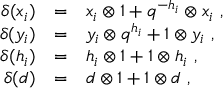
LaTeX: \begin{array} { r c l } { { \delta ( x _ { i } ) } } & { { = } } & { { x _ { i } \otimes 1 + q ^ { - h _ { i } } \otimes x _ { i } \ , } } \\ { { \delta ( y _ { i } ) } } & { { = } } & { { y _ { i } \otimes q ^ { h _ { i } } + 1 \otimes y _ { i } \ , } } \\ { { \delta ( h _ { i } ) } } & { { = } } & { { h _ { i } \otimes 1 + 1 \otimes h _ { i } \ , } } \\ { { \delta ( d ) } } & { { = } } & { { d \otimes 1 + 1 \otimes d \ , } } \end{array}